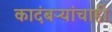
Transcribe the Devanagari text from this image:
कादंबऱ्यांचाही